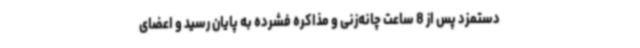
دستمزد پس از 8 ساعت چانه‌زنی و مذاکره فشرده به پایان رسید و اعضای